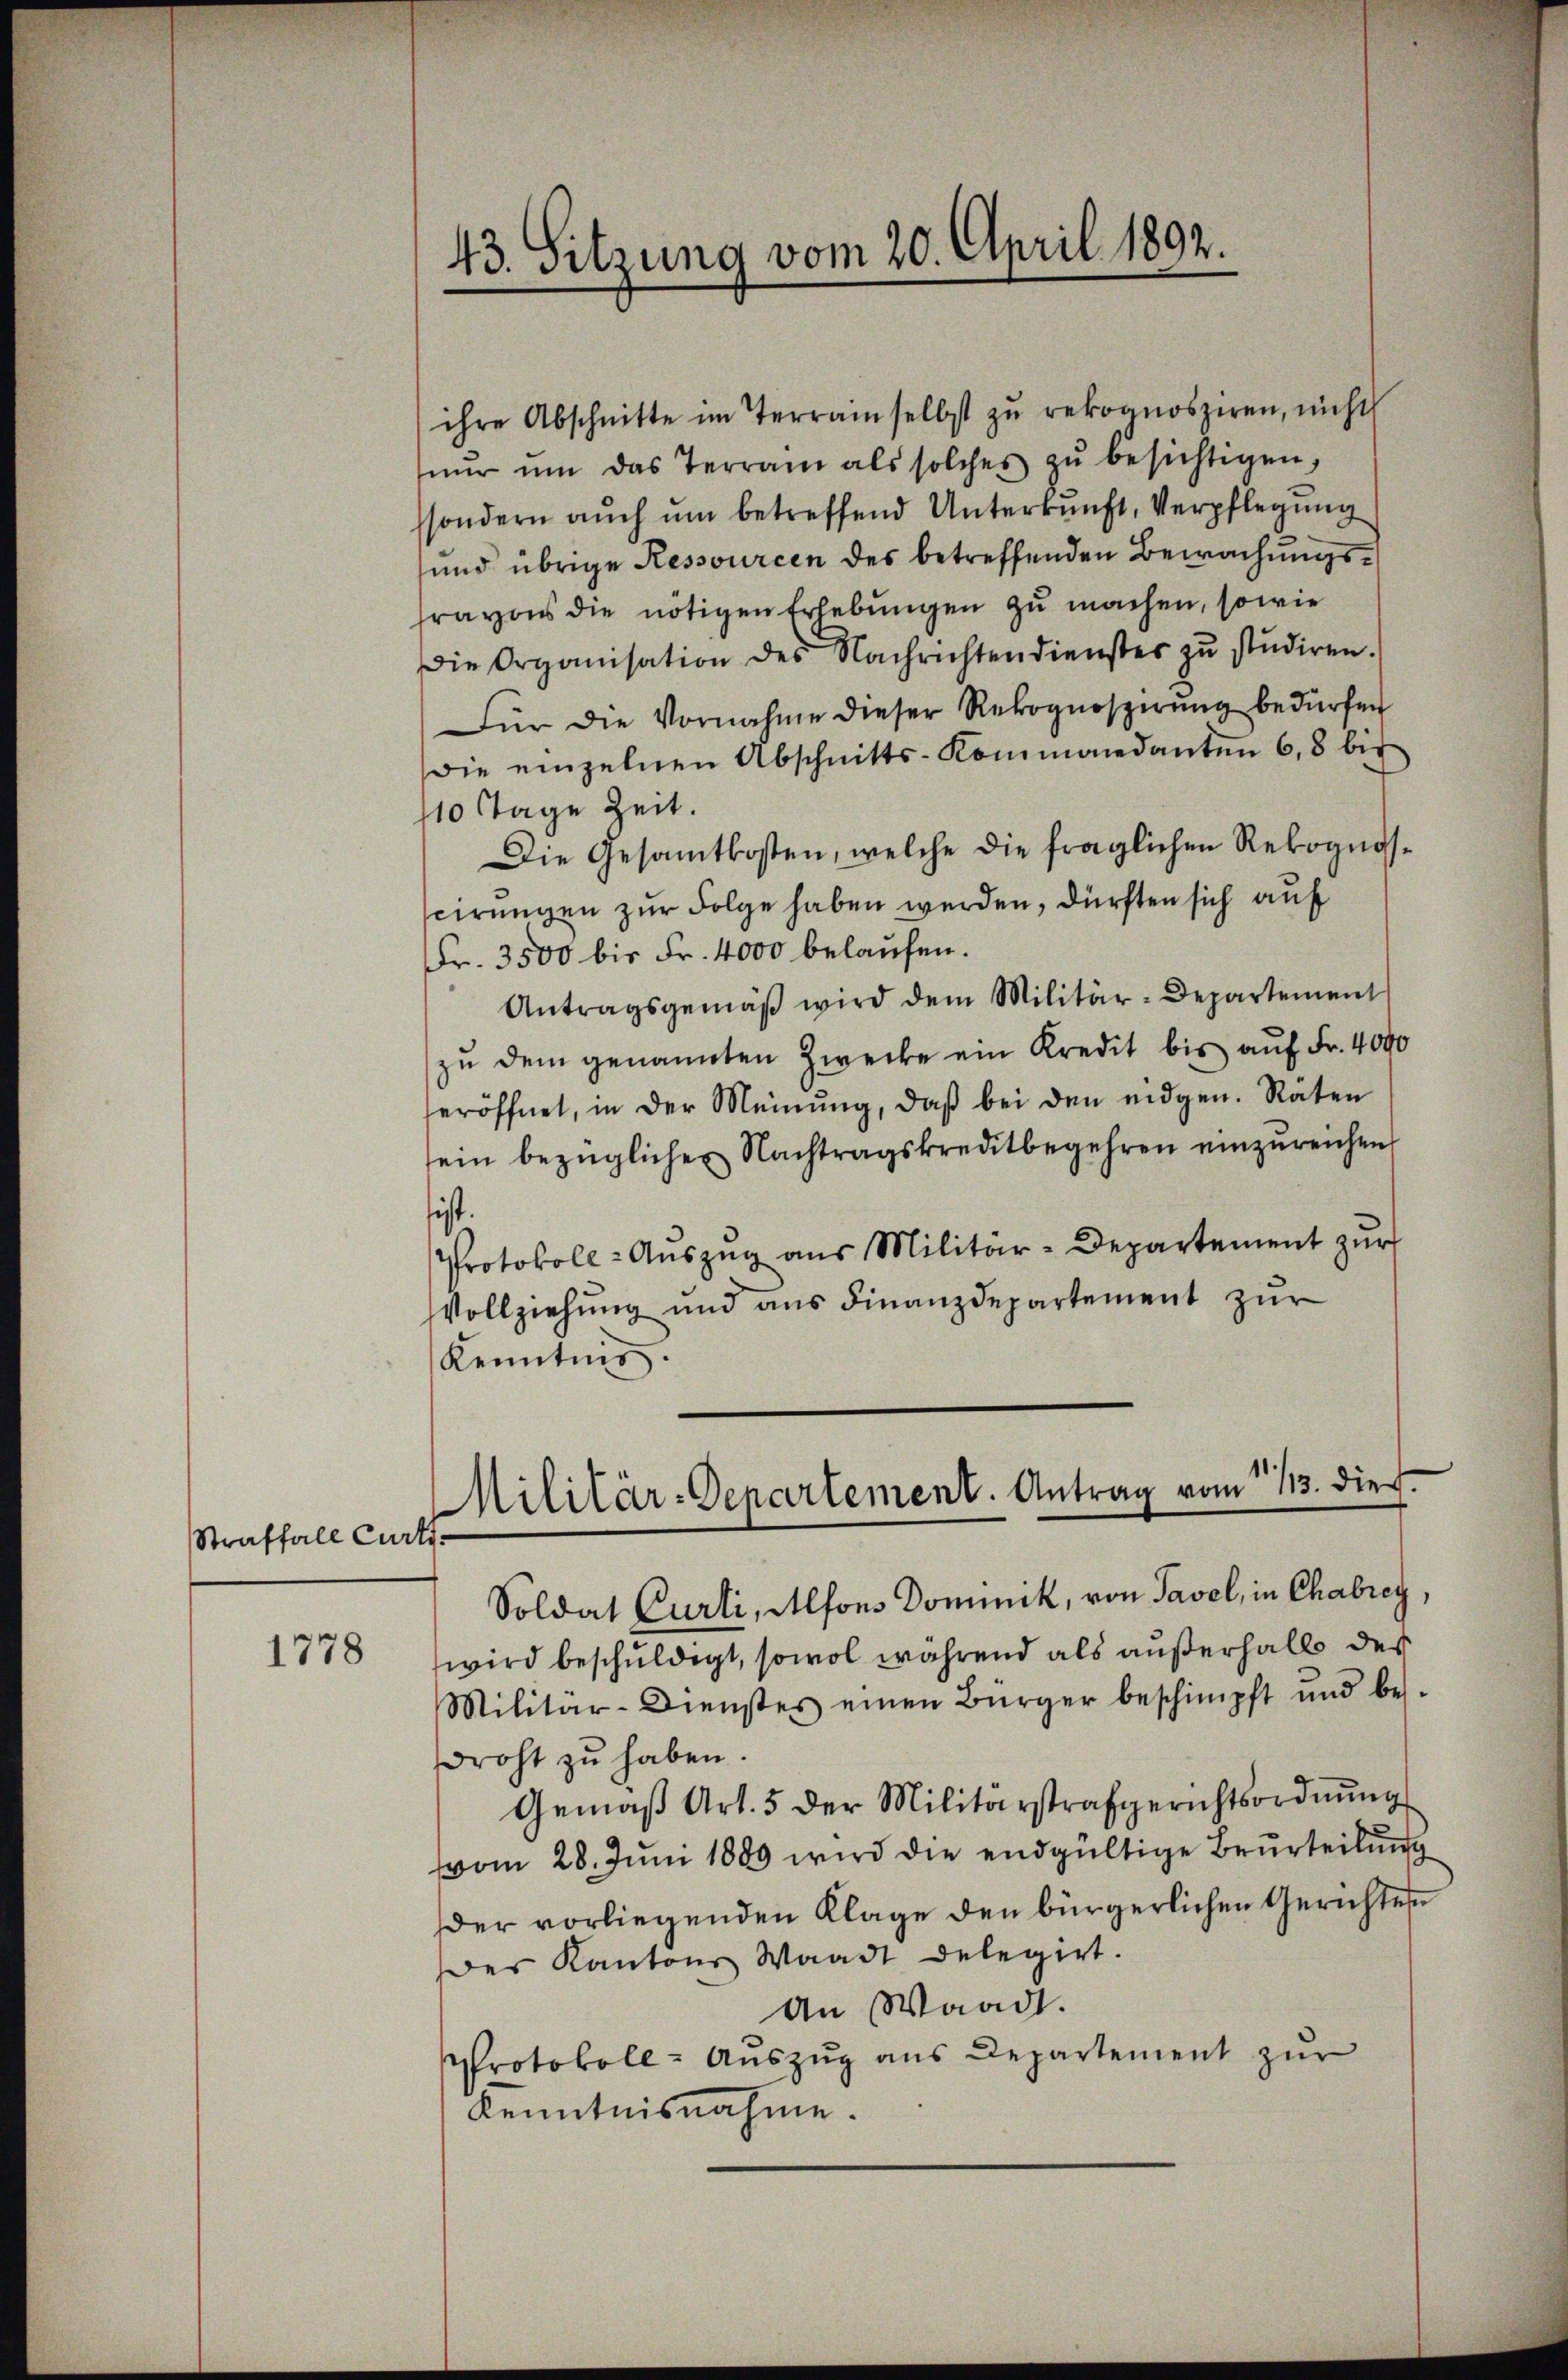
Straffall Curti¬

1778

ihre Abschnitte im Terrain selbst zŭ rekoanosziren, nicht
nŭr ŭm das Terrain als solches zŭ besichtigen,
sondern aŭch ŭm betreffend Unterkunft, Verpflegŭng
und übrige Ressourcen des betreffenden Bewachungsfrayons die nötigen Erlebungen zu machen, sowie
Die Organisation des Nachrichtendienstes zu studiren.
Für die Vornahme dieser Rekognoszirŭng bedürfen
Die einzelnen Abschnitts-Kommandanten 68 bis
10 Tage Zeit.
Die Gesamtkosten, welche die fraglichen Rekognos-
scirungen zur Folge haben werden, dürften sich auf
Fr. 3500 bis Fr. 4000 belaufen.
Antragsgemäβ wird dem Militär-Departement
zu dem genannten Zwecke ein Kredit bis auf Fr. 4090
eröffnet, in der Meinŭng, daβ bei den eidgen. Räten
sein bezüglicher Nachtragskreditbegehren einzŭreichen
sist.
Protokoll-Aŭszŭg aŭs Militär-Departement zŭr
Vollziehung und aus Finanzdepartement zur
Kenntnis.

43. Sitzung vom 20. April 1892.

Militär-Departement. Antrag vom 13. die

Soldat Curti, Alfons Dominik, von Tavel, in Chabrey,
wird beschuldigt, sowol während als außerhalb des
Militär-Dienstes einen Bürger beschimpft und bes
droht zu haben.
Gemäß Art. 5 der Militärstrafgerichtsordnŭng
vom 28. Juni 1889 wird die endgültige Beurteilung
er vorliegenden Klage den bürgerlichen Gerichten
Des Kantons Waadt delegirt.
An Waadt.
Protokoll- Auszug aus Departement zur
Kenntnisnahme.